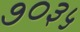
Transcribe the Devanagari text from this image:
७०३५